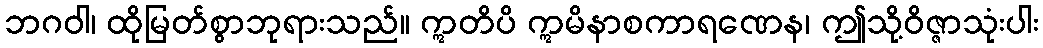
ဘဂဝါ၊ ထိုမြတ်စွာဘုရားသည်။ ဣတိပိ ဣမိနာစကာရဏေန၊ ဤသို့ဝိဇ္ဇာသုံးပါး